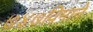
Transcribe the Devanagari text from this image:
७४७विमाने